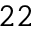
^ { 2 2 }